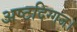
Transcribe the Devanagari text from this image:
अष्टदिग्गज।